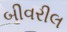
બીવરીલ